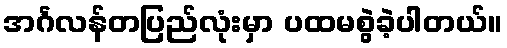
အင်္ဂလန်တပြည်လုံးမှာ ပထမစွဲခဲ့ပါတယ်။